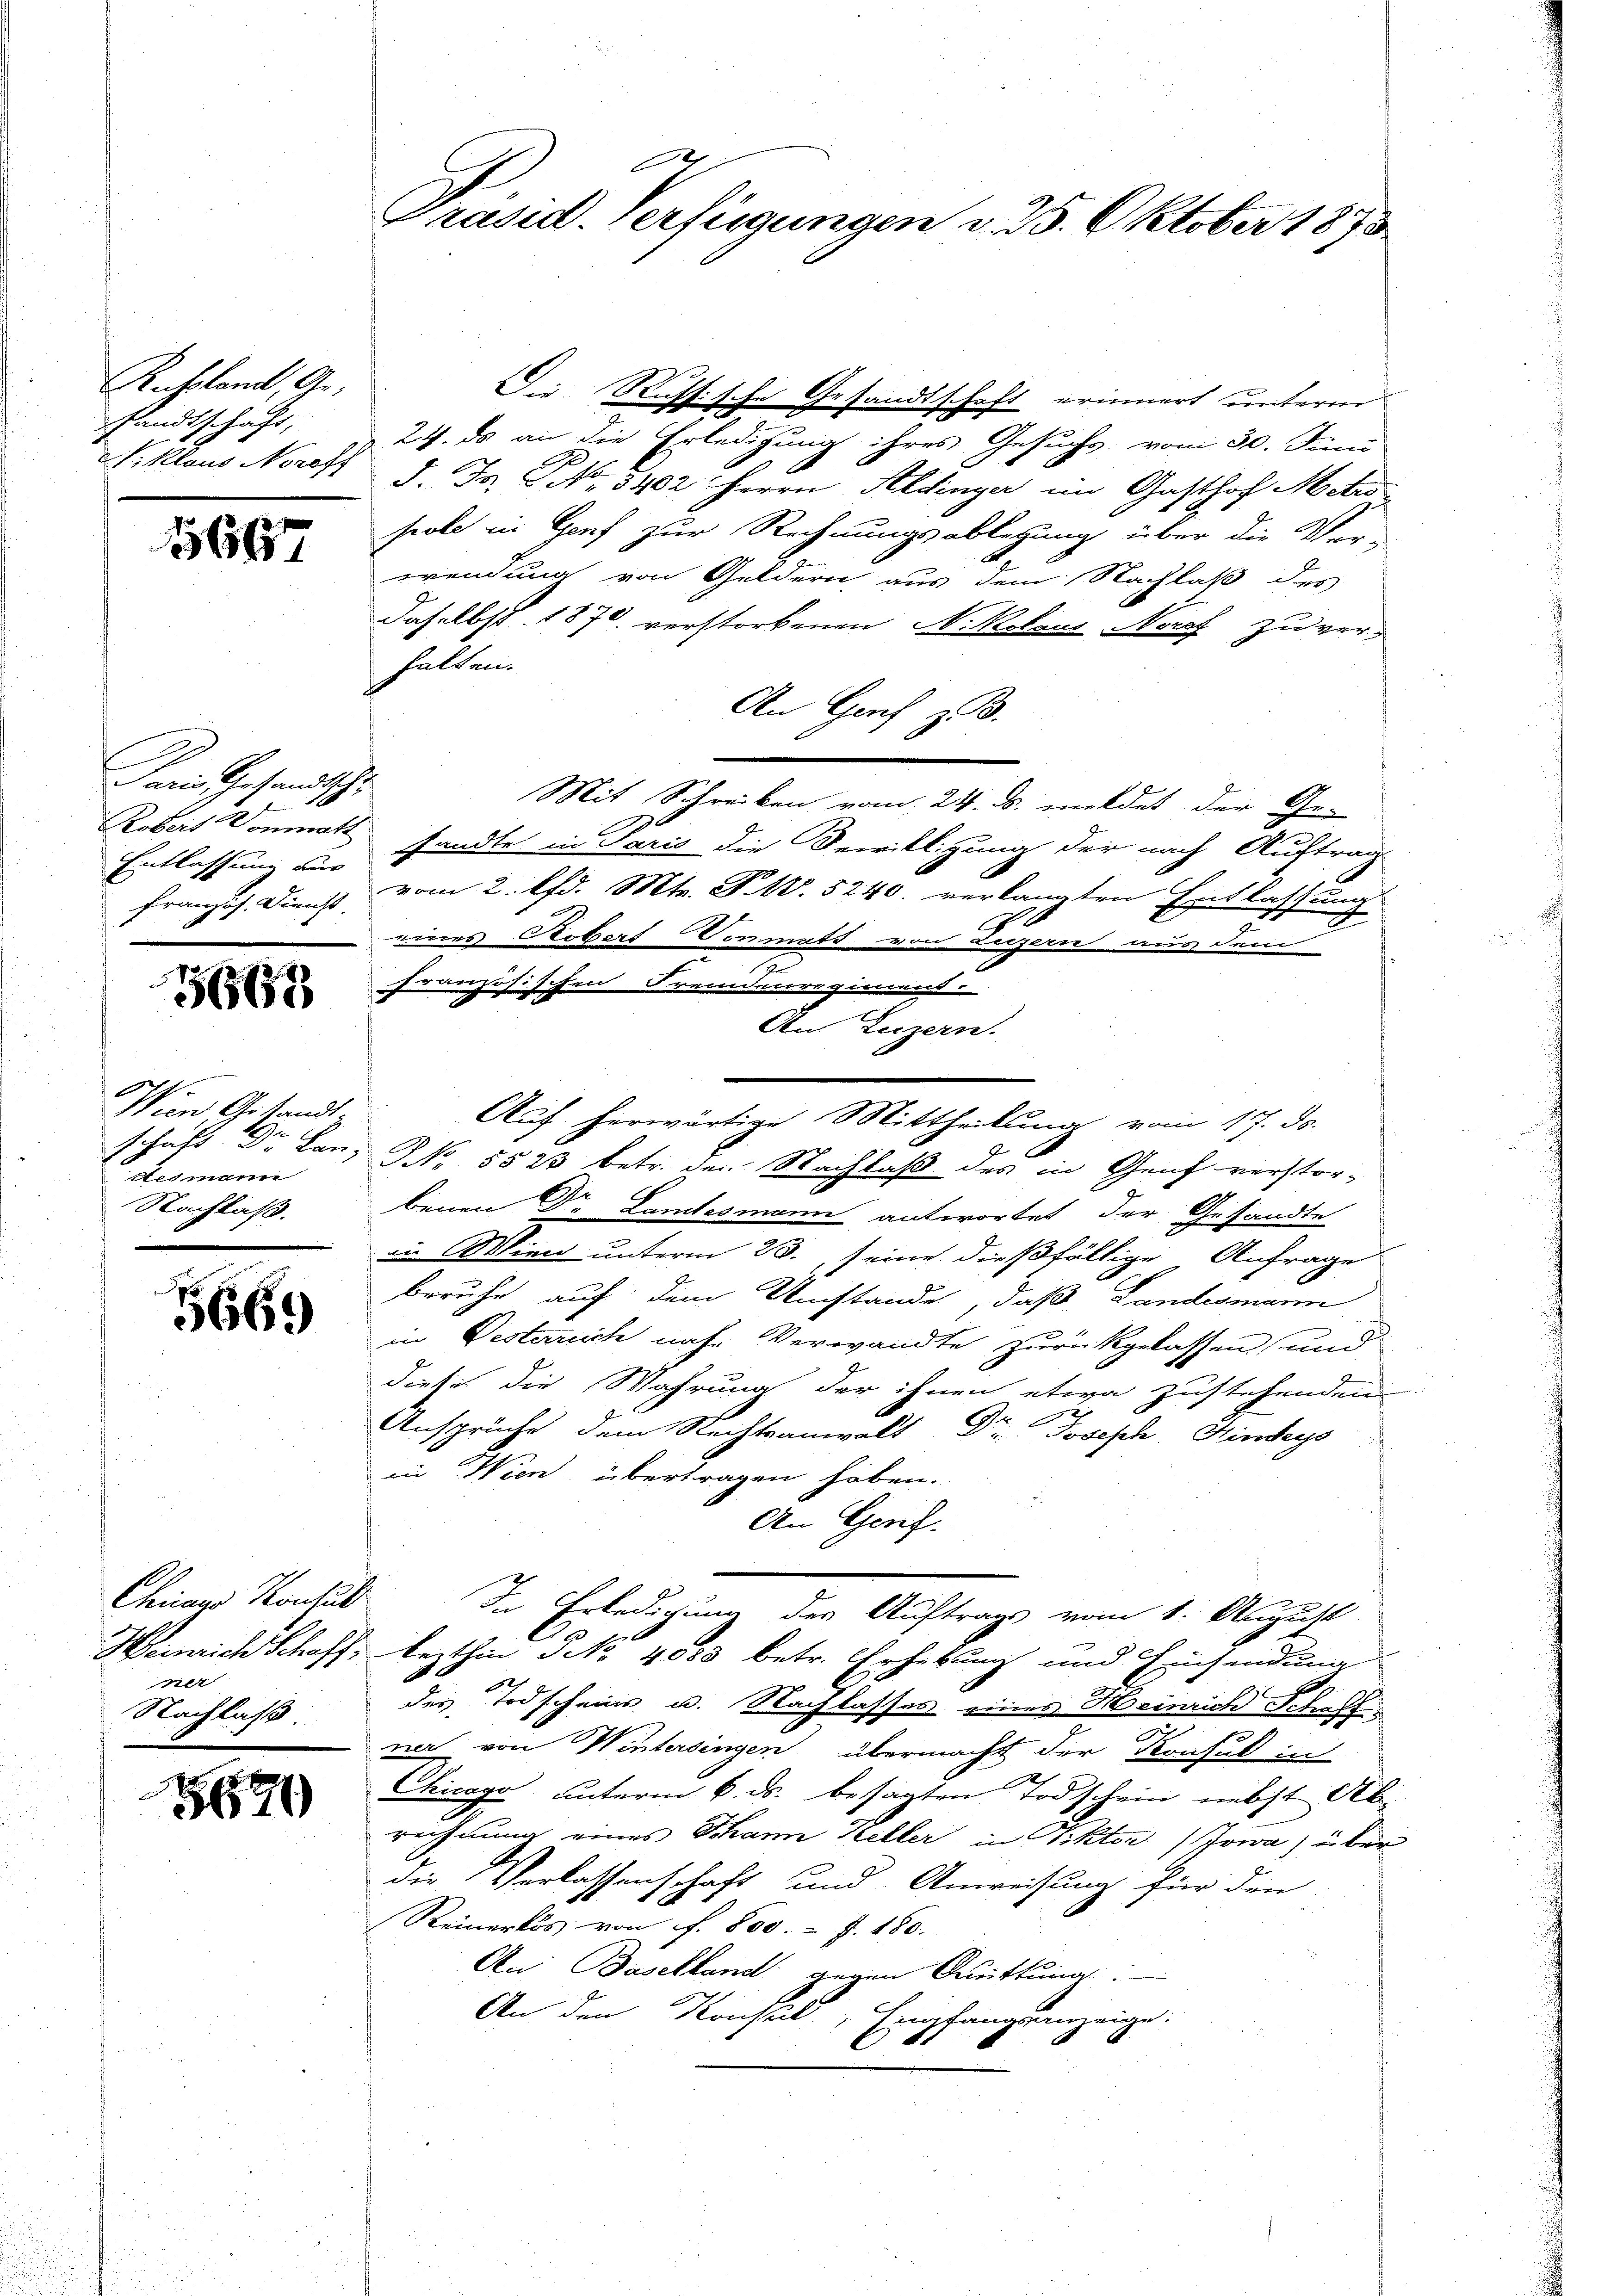
Russland, Gesandtschaft,

1667

Paris Gesandtsche
Robert Vonmatt

36685

Wien Gesandt
desmann
Nachlaß.

5669

Cheinen Konsult
1er
Nachlaß

w
5691

Präsid. Verfügungen d. 25. Oktober 1873

Die Russische Gesandtschaft erinnert unterm
24. ds an die Erledigung ihres Gesuchs vom 30. Juni
V. Klaus Nores J. J. NNo. 3402 Herrn Aldinger im Gasthof Mete
pole in Genf zur Rechnungsablegung über die Vor-
wendung von Geldern aus dem Nachlaß des
daselbst. 1870 verstorbenen N. Kolaus Norf zu ver-
halten.
An Genf z. B.
Mit Schreiben vom 24. ds. meldet der Ge-
Entlassung an Pandte in Paris die Bewilligung der nach Auftrag
französ. Dienst vom 2. lfd. Mts. S. 5240. verlangten Entlassun
d
eines Aobert Vormatt von Luzern aus dem
u
französischen Fremdenregiment
An Luzern.
Auf herwärtige Mittheilung vom 17. ds.
schaft Dr. Lanz NNo. 5523 betr. den Nachlaß des in Genf verstor-
benen Dr. Landesmann antwortet der Gesandte
in Wien unterm 23., seine dießfällige Anfrage
beruhe auf dem Umstände, daß Landesmann
in Pesterreich nahe Verwandte zurückgelassen und
diese die Wahrung der ihnen etwa zustehenden
Ansprüche dem Rechtsanwalt Dr. Joseph, Hinders
in Wien übertragen haben.
den Genf.
In Erledigung des Auftrags vom 1. August
Heinrich Schoff, lezthin 5 NNo. 4000 betr. Erhebung und Einsendung
.
22
des Todscheins u. Nachlasses eines Heinrich Schaff
rr von Wintersingen übermacht der Konsul in
2
Chicago unterm 6. ds. besagten Todschein nebst Ab-
rechnung eines Mann Keller in Viktor Jowa, über
F
die Verlassenschaft und Anweisung für den
Reinerlös von f. 800. f. 180.
An Baselland gegen Quittung:
An den Konsul, Empfangsanzeige